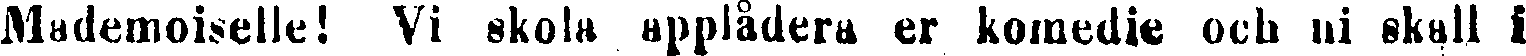
Mademoiselle! Vi skola applådera er komedie och ni skall i